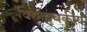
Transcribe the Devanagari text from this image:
विद्युच्चुबकीय